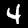
Label: 4